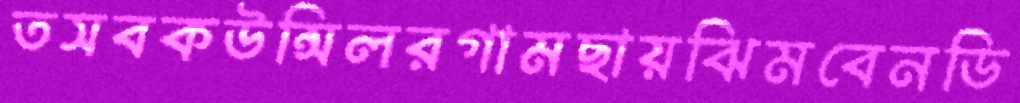
তসবকউন্সিলরগামছায়ঝিমবেনডি